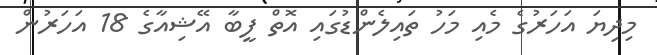
މިދިޔަ އަހަރުގެ މެއި މަހު ތައިލެންޑުގައި އޮތް ފީބާ އޭޝިއާގެ 18 އަހަރުން